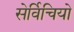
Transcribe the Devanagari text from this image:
सेर्विचियो